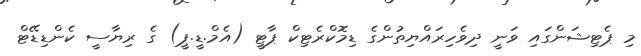
މި ޕެޓިޝަންގައި ވަނީ ދިވެހިރައްޔިތުންގެ ޑިމޮކްރެޓިކް ޕާޓީ (އެމް.ޑީ.ޕީ) ގެ ރިޔާސީ ކެންޑިޑޭޓް